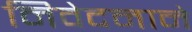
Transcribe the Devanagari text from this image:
निवेदनाने